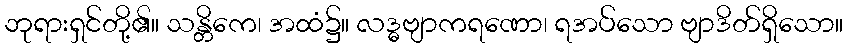
ဘုရားရှင်တို့၏။ သန္တိကေ၊ အထံ၌။ လဒ္ဓဗျာကရဏော၊ ရအပ်သော ဗျာဒိတ်ရှိသော။